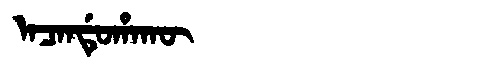
Manchu: ᠠᠴᠠᠨᡩᡠᡥᠠᡴᡡ
Romanization: ACANDUHAKŪ